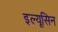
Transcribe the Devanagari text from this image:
इल्यूसिन